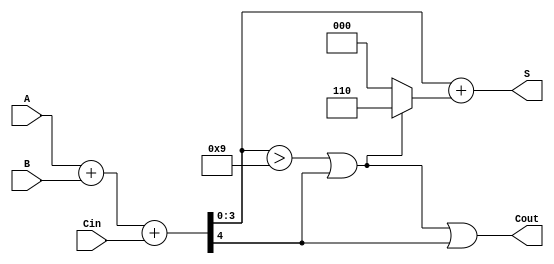
module BCD_Adder (
    input  [3:0] A,      // BCD Input A
    input  [3:0] B,      // BCD Input B
    input        Cin,     // Carry Input
    output [3:0] S,      // BCD Output
    output       Cout     // Carry Output
);

    wire [4:0] Sum;      // 5-bit sum to hold A + B + Cin
    wire correction;      // Correction signal

    // Step 1: Binary Addition
    assign Sum = A + B + Cin;

    // Step 2: Determine if correction is needed
    assign correction = (Sum[3:0] > 4'b1001) || Sum[4];

    // Step 3: Apply correction if needed
    assign S = Sum[3:0] + (correction ? 4'b0110 : 4'b0000);
    
    // Step 4: Set Cout based on correction or original carry
    assign Cout = correction || Sum[4];

endmodule